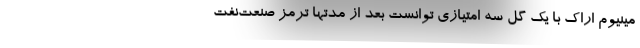
مینیوم اراک با یک گل سه امتیازی توانست بعد از مدتها ترمز صنعت‌نفت